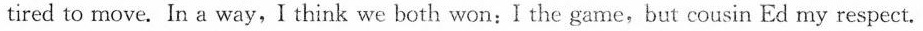
tired to move. In a way,I think we both won:I the game,but cousin Ed my respect.